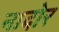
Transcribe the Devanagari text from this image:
नादोर